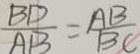
\frac { B D } { A B } = \frac { A B } { B C }